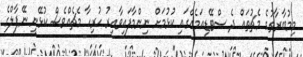
މިމުބާރާތުގެ މެޗުތައް ދެ ސްޓޭޑިއަމެއްގައި ކުޅުމަށް ނިންމާފައިވާއިރު ހުރިހާ މެޗެއްވެސް ކުޅޭނީ ނޭޕާލްގެ